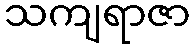
သကျရာဇာ